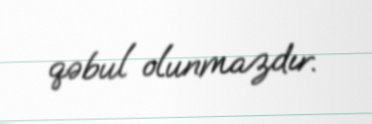
qəbul olunmazdır.